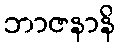
ဘာဇနာနိ